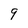
Character: 9